Indian journal of veterinary science and animal husbandry - Volumes 26-27, 1956-1957
Year: 1956
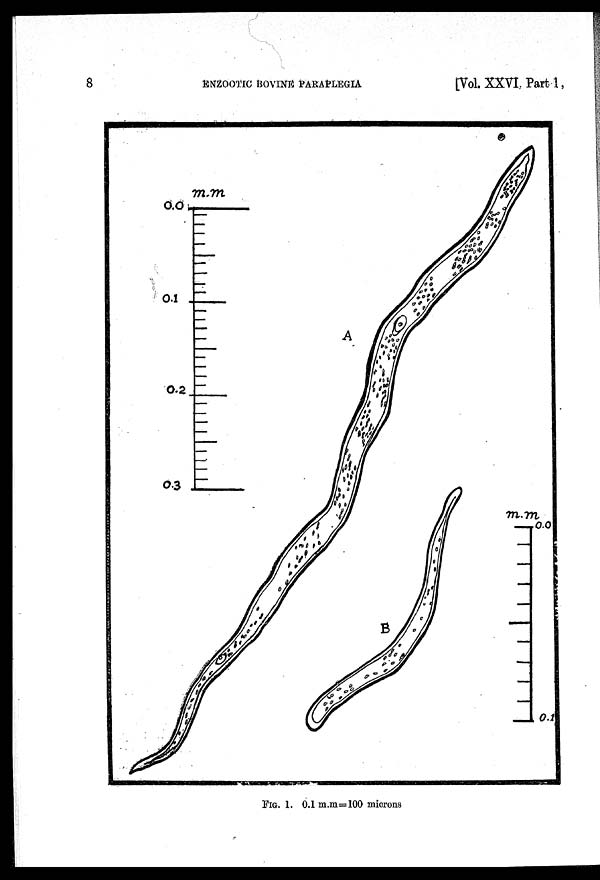
8
ENZOOTIC BOVINE PARAPLEGIA
[Vol. XXVI. Part 1 ,
FIG. 1. 0.1 m.m=100 microns